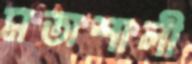
মতাশালী